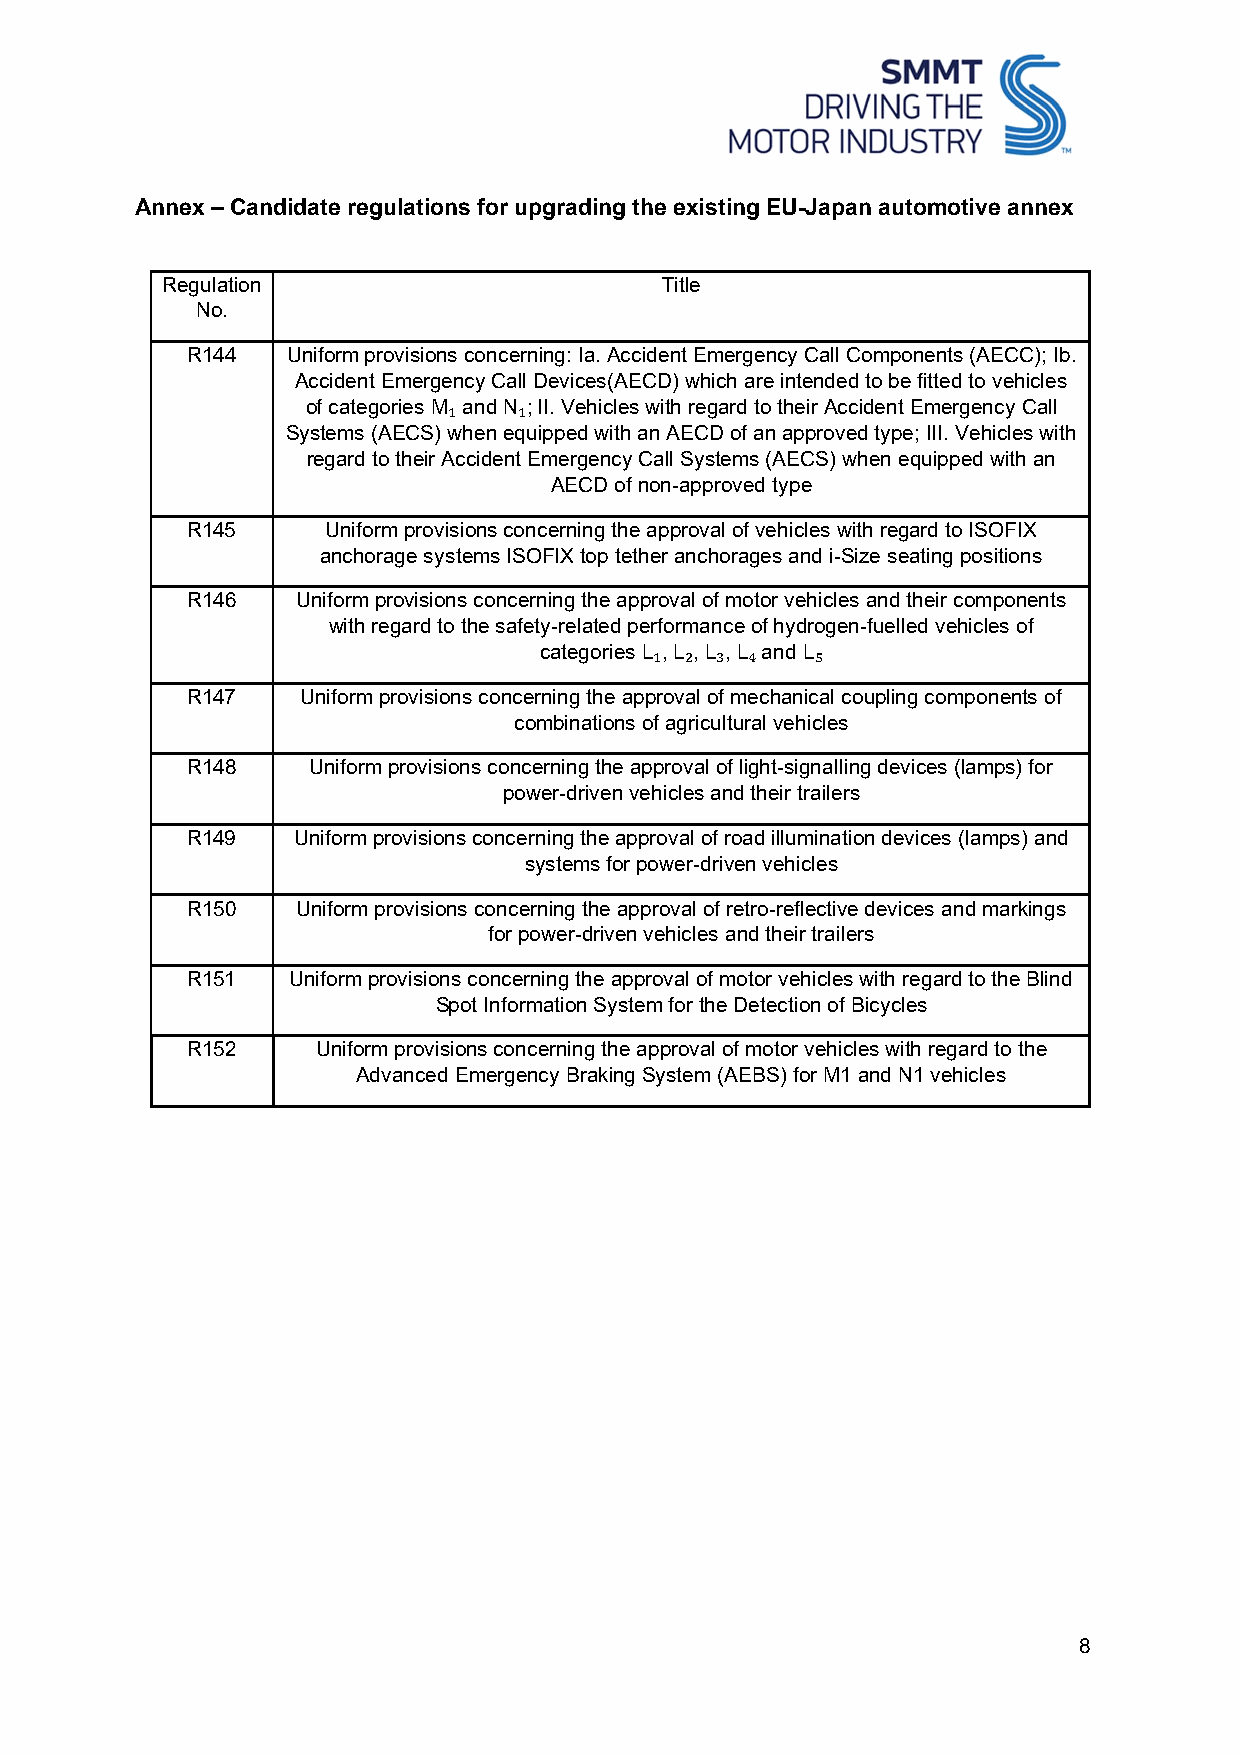
Annex – Candidate regulations for upgrading the existing EU-Japan automotive annex
 Regulation                       Title
 No.
 R144   Uniform provisions concerning: Ia. Accident Emergency Call Components (AECC); Ib.
 Accident Emergency Call Devices(AECD) which are intended to be fitted to vehicles
 of categories M₁ and N₁; II. Vehicles with regard to their Accident Emergency Call
 Systems (AECS) when equipped with an AECD of an approved type; III. Vehicles with
 regard to their Accident Emergency Call Systems (AECS) when equipped with an
 AECD of non-approved type
 R145      Uniform provisions concerning the approval of vehicles with regard to ISOFIX
 anchorage systems ISOFIX top tether anchorages and i-Size seating positions
 R146    Uniform provisions concerning the approval of motor vehicles and their components
 with regard to the safety-related performance of hydrogen-fuelled vehicles of
 categories L₁, L₂, L₃, L₄ and L₅
 R147    Uniform provisions concerning the approval of mechanical coupling components of
 combinations of agricultural vehicles
 R148    Uniform provisions concerning the approval of light-signalling devices (lamps) for
 power-driven vehicles and their trailers
 R149   Uniform provisions concerning the approval of road illumination devices (lamps) and
 systems for power-driven vehicles
 R150    Uniform provisions concerning the approval of retro-reflective devices and markings
 for power-driven vehicles and their trailers
 R151   Uniform provisions concerning the approval of motor vehicles with regard to the Blind
 Spot Information System for the Detection of Bicycles
 R152     Uniform provisions concerning the approval of motor vehicles with regard to the
 Advanced Emergency Braking System (AEBS) for M1 and N1 vehicles
 8